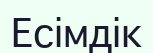
Есімдік